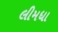
લીમધા